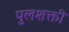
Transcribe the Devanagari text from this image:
पुलशक्ती